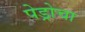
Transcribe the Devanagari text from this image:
पेड्रोचा